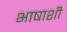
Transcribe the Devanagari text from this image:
भाषाशी